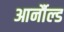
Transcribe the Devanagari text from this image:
आर्नौल्ड